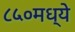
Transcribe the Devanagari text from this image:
८५०मध्ये